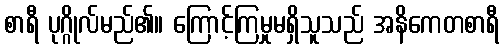
စာရီ ပုဂ္ဂိုလ်မည်၏။ ကြောင့်ကြမှုမရှိသူသည် အနိကေတစာရီ